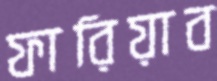
ফারিয়াব